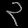
Digit: ၃